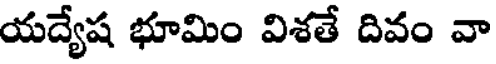
యద్యేష భూమిం విశతే దివం వా